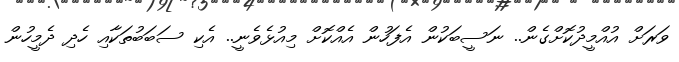
ވަރަށް އުއްމީދުކޮށްގެން.. ނަސީބަކުން އެފަހުން އެއްކޮށް މިއުޅެވެނީ.. އެކި ސަބަބުތަކާއި ހެދި ދެމީހުން